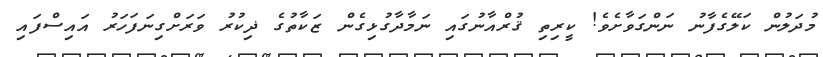
މުދަލުން ކަލޭގެފާނު ނަންގަވާށެވެ! ކީރިތި ޤުރްއާނުގައި ނަމާދާގުޅިގެން ޒަކާތުގެ ޛިކުރު ވަރަށްގިނަފަހަރު އައިސްފައި